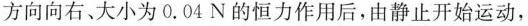
方向向右、大小为0.04N的恒力作用后，由静止开始运动，